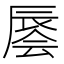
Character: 𰺭